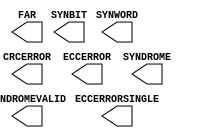
// $Header: /devl/xcs/repo/env/Databases/CAEInterfaces/xec_libs/data/unisims/FRAME_ECCE2.v,v 1.2 2011/09/07 23:47:48 vandanad Exp $
///////////////////////////////////////////////////////
//  Copyright (c) 2009 Xilinx Inc.
//  All Right Reserved.
///////////////////////////////////////////////////////
//
//   ____   ___
//  /   /\/   / 
// /___/  \  /     Vendor      : Xilinx 
// \  \    \/      Version     : 13.i (O.7)
//  \  \           Description : 
//  /  /                      
// /__/   /\       Filename    : Xilinx Formal Library Component - FRAME_ECCE2.v
// \  \  /  \ 
//  \__\/\__ \                    
//                                 
//  Revision:		1.0
///////////////////////////////////////////////////////

`timescale 1 ps / 1 ps 

module FRAME_ECCE2 (
  CRCERROR,
  ECCERROR,
  ECCERRORSINGLE,
  FAR,
  SYNBIT,
  SYNDROME,
  SYNDROMEVALID,
  SYNWORD
);



  parameter FARSRC = "EFAR";
  parameter FRAME_RBT_IN_FILENAME = "NONE";


  output CRCERROR;
  output ECCERROR;
  output ECCERRORSINGLE;
  output SYNDROMEVALID;
  output [12:0] SYNDROME;
  output [25:0] FAR;
  output [4:0] SYNBIT;
  output [6:0] SYNWORD;

  
endmodule